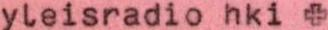
yleisradio hki +